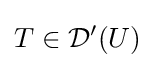
T\in {\mathcal {D}}'(U)